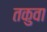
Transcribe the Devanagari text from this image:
तकुवा